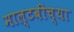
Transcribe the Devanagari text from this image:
माल्टबीच्या